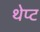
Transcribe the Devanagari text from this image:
थेप्ट